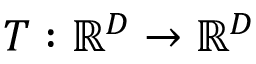
T : \mathbb { R } ^ { D } \to \mathbb { R } ^ { D }